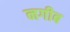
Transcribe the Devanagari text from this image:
नगीब